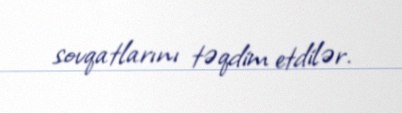
sovqatlarını təqdim etdilər.